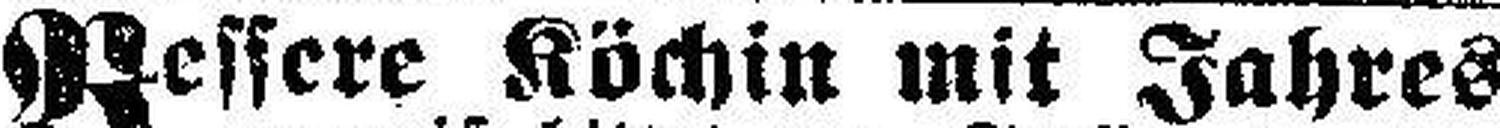
Bessere Köchin mit Jahres¬